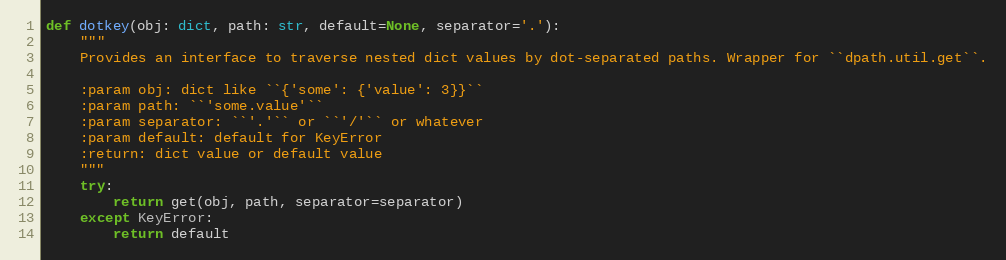
Language: Python
def dotkey(obj: dict, path: str, default=None, separator='.'):
    """
    Provides an interface to traverse nested dict values by dot-separated paths. Wrapper for ``dpath.util.get``.

    :param obj: dict like ``{'some': {'value': 3}}``
    :param path: ``'some.value'``
    :param separator: ``'.'`` or ``'/'`` or whatever
    :param default: default for KeyError
    :return: dict value or default value
    """
    try:
        return get(obj, path, separator=separator)
    except KeyError:
        return default